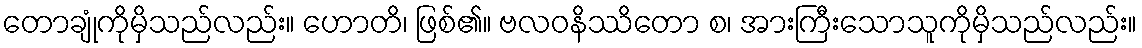
တောချုံကိုမှိသည်လည်း။ ဟောတိ၊ ဖြစ်၏။ ဗလဝနိဿိတော စ၊ အားကြီးသောသူကိုမှိသည်လည်း။